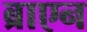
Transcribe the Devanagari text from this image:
ब्राएन